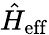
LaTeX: {\hat{H}}_{\mathrm{eff}}